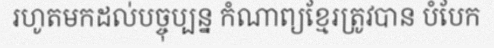
រហូតមកដល់បច្ចុប្បន្ន កំណាព្យខ្មែរត្រូវបាន បំបែក